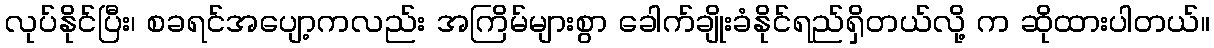
လုပ်နိုင်ပြီး၊ စခရင်အပျော့ကလည်း အကြိမ်များစွာ ခေါက်ချိုးခံနိုင်ရည်ရှိတယ်လို့ က ဆိုထားပါတယ်။